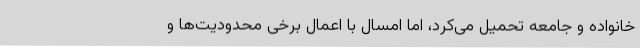
خانواده و جامعه تحمیل می‌کرد، اما امسال با اعمال برخی محدودیت‌ها و